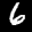
Label: 6